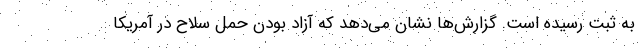
به ثبت رسیده است. گزارش‌ها نشان می‌دهد که آزاد بودن حمل سلاح در آمریکا